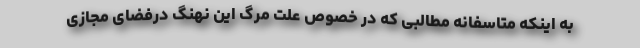
به اینکه متاسفانه مطالبی که در خصوص علت مرگ این نهنگ درفضای مجازی